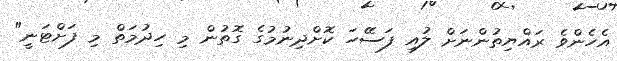
އެހެންވެ ރައްޔިތުންނަށް ލުއި ފަސޭހަ ކޮށްދިނުމުގެ ގޮތުން މި ހިދުމަތް މި ފަށްޓަނީ"